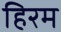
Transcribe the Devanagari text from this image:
हिरम